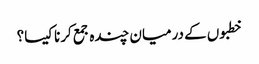
خطبوں کے درمیان چندہ جمع کرنا کیسا؟